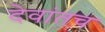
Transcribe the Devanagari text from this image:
देवांतच